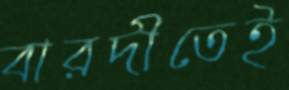
বারদীতেই